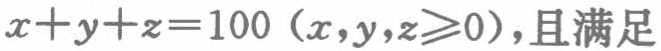
\(x + y + z = 100\ (x,y,z\geqslant0)\)，且满足